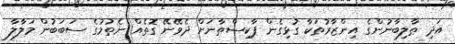
އަދި ޠާލިބާނުންގެ އިންޒާރުތަކާ ގުޅިގެން ޕާކިސްތާނަށް ދެވޭނޭ ގޮތެއް ނެތުމުގެ ސަބަބުން މަލާލާ